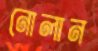
নোলান